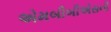
એમબીબીએસની